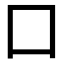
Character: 囗